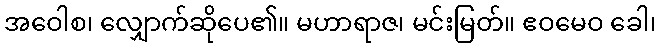
အဝေါစ၊ လျှောက်ဆိုပေ၏။ မဟာရာဇ၊ မင်းမြတ်။ ဧဝမေဝ ခေါ၊